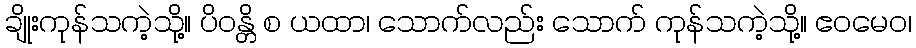
ချိုးကုန်သကဲ့သို့။ ပိဝန္တိ စ ယထာ၊ သောက်လည်း သောက် ကုန်သကဲ့သို့။ ဧဝမေဝ၊